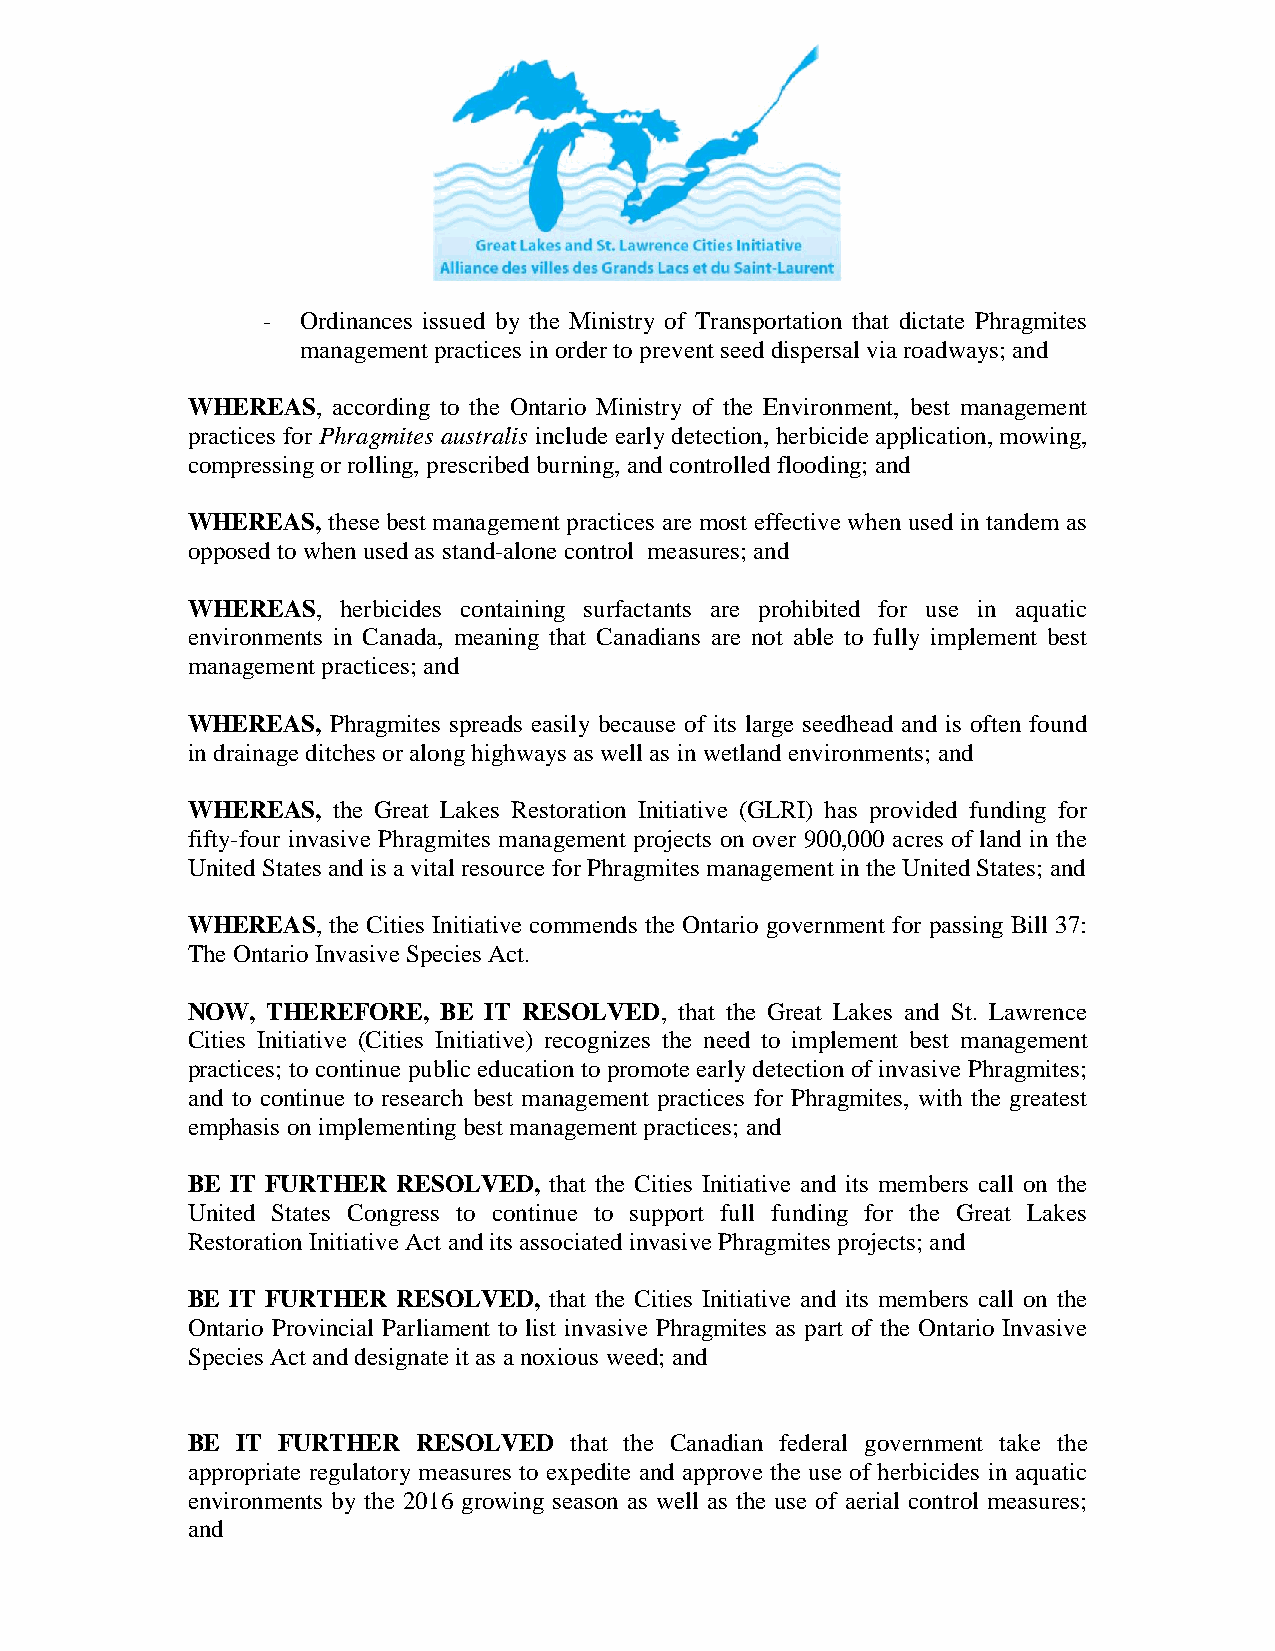
-  Ordinances issued by the Ministry of Transportation that dictate Phragmites
 management practices in order to prevent seed dispersal via roadways; and
 WHEREAS,  according to the Ontario Ministry of the Environment, best management
 practices for Phragmites australis include early detection, herbicide application, mowing,
 compressing or rolling, prescribed burning, and controlled flooding; and
 WHEREAS,  these best management practices are most effective when used in tandem as
 opposed to when used as stand-alone control measures; and
 WHEREAS,  herbicides containing surfactants are prohibited for use in aquatic
 environments in Canada, meaning that Canadians are not able to fully implement best
 management practices; and
 WHEREAS,  Phragmites spreads easily because of its large seedhead and is often found
 in drainage ditches or along highways as well as in wetland environments; and
 WHEREAS,  the Great Lakes Restoration Initiative (GLRI) has provided funding for
 fifty-four invasive Phragmites management projects on over 900,000 acres of land in the
 United States and is a vital resource for Phragmites management in the United States; and
 WHEREAS,  the Cities Initiative commends the Ontario government for passing Bill 37:
 The Ontario Invasive Species Act.
 NOW,  THEREFORE, BE IT RESOLVED, that the Great Lakes and St. Lawrence
 Cities Initiative (Cities Initiative) recognizes the need to implement best management
 practices; to continue public education to promote early detection of invasive Phragmites;
 and to continue to research best management practices for Phragmites, with the greatest
 emphasis on implementing best management practices; and
 BE IT FURTHER RESOLVED, that the Cities Initiative and its members call on the
 United States Congress to continue to support full funding for the Great Lakes
 Restoration Initiative Act and its associated invasive Phragmites projects; and
 BE IT FURTHER RESOLVED, that the Cities Initiative and its members call on the
 Ontario Provincial Parliament to list invasive Phragmites as part of the Ontario Invasive
 Species Act and designate it as a noxious weed; and
 BE  IT FURTHER  RESOLVED  that the Canadian federal government take the
 appropriate regulatory measures to expedite and approve the use of herbicides in aquatic
 environments by the 2016 growing season as well as the use of aerial control measures;
 and